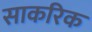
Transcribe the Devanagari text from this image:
साकरिक